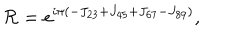
{ \cal R } = e ^ { i \pi \left( - J _ { 2 3 } + J _ { 4 5 } + J _ { 6 7 } - J _ { 8 9 } \right) } ,